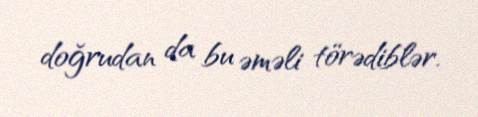
doğrudan da bu əməli törədiblər.